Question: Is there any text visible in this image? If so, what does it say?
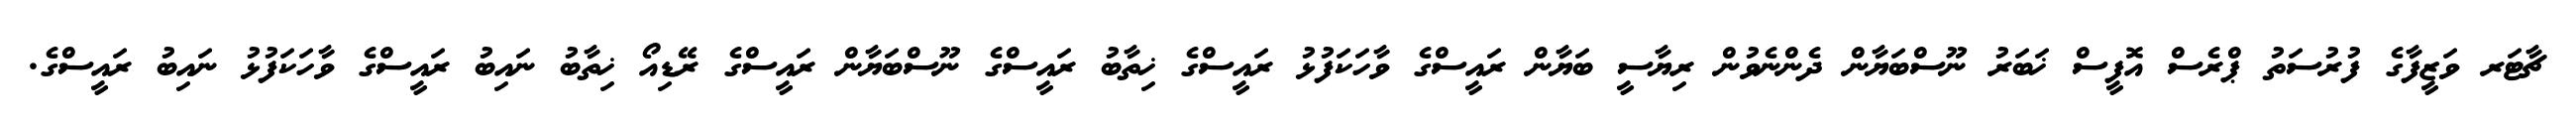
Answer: ޗާޓަރ ވަޒީފާގެ ފުރުސަތު ޕްރެސް އޮފީސް ޚަބަރު ނޫސްބަޔާން ދެންނެވުން ރިޔާސީ ބަޔާން ރައީސްގެ ވާހަކަފުޅު ރައީސްގެ ޚިތާބު ރައީސްގެ ނޫސްބަޔާން ރައީސްގެ ރޭޑިއޯ ޚިތާބު ނައިބު ރައީސްގެ ވާހަކަފުޅު ނައިބު ރައީސްގެ.